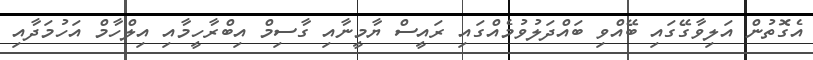
އެގޮތުން އަލިވާގޭގައި ބޭއްވި ބައްދަލުވުމެއްގައި ރައީސް ޔާމީނާއި ގާސިމް އިބްރާހީމާއި އިލްހާމް އަހުމަދާއި